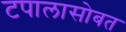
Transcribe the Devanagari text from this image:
टपालासोबत